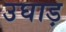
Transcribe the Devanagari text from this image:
उघाड़